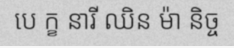
បេ ក្ខ នារី ឈិន ម៉ា និច្ច